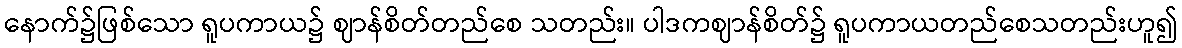
နောက်၌ဖြစ်သော ရူပကာယ၌ ဈာန်စိတ်တည်စေ သတည်း။ ပါဒကဈာန်စိတ်၌ ရူပကာယတည်စေသတည်းဟူ၍